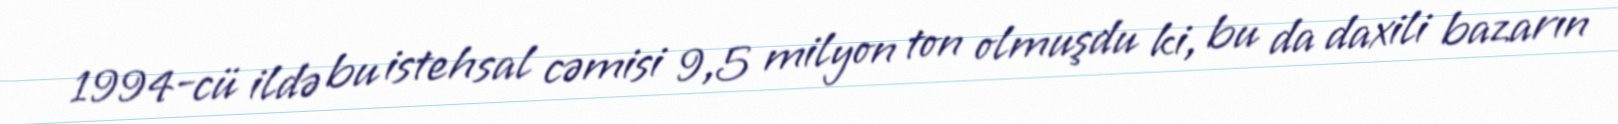
1994-cü ildə bu istehsal cəmisi 9,5 milyon ton olmuşdu ki, bu da daxili bazarın